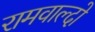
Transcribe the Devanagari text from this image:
रामवाल्दो